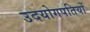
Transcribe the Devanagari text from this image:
उदयोगपतियों